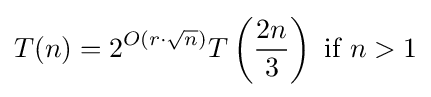
T(n)=2^{O(r\cdot {\sqrt {n}})}T\left({\frac {2n}{3}}\right){\text{ if }}n>1